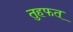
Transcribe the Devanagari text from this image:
तुहफत्